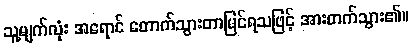
သူ့မျက်လုံး အရောင် တောက်သွားတာမြင်ရသဖြင့် အားတက်သွား၏။